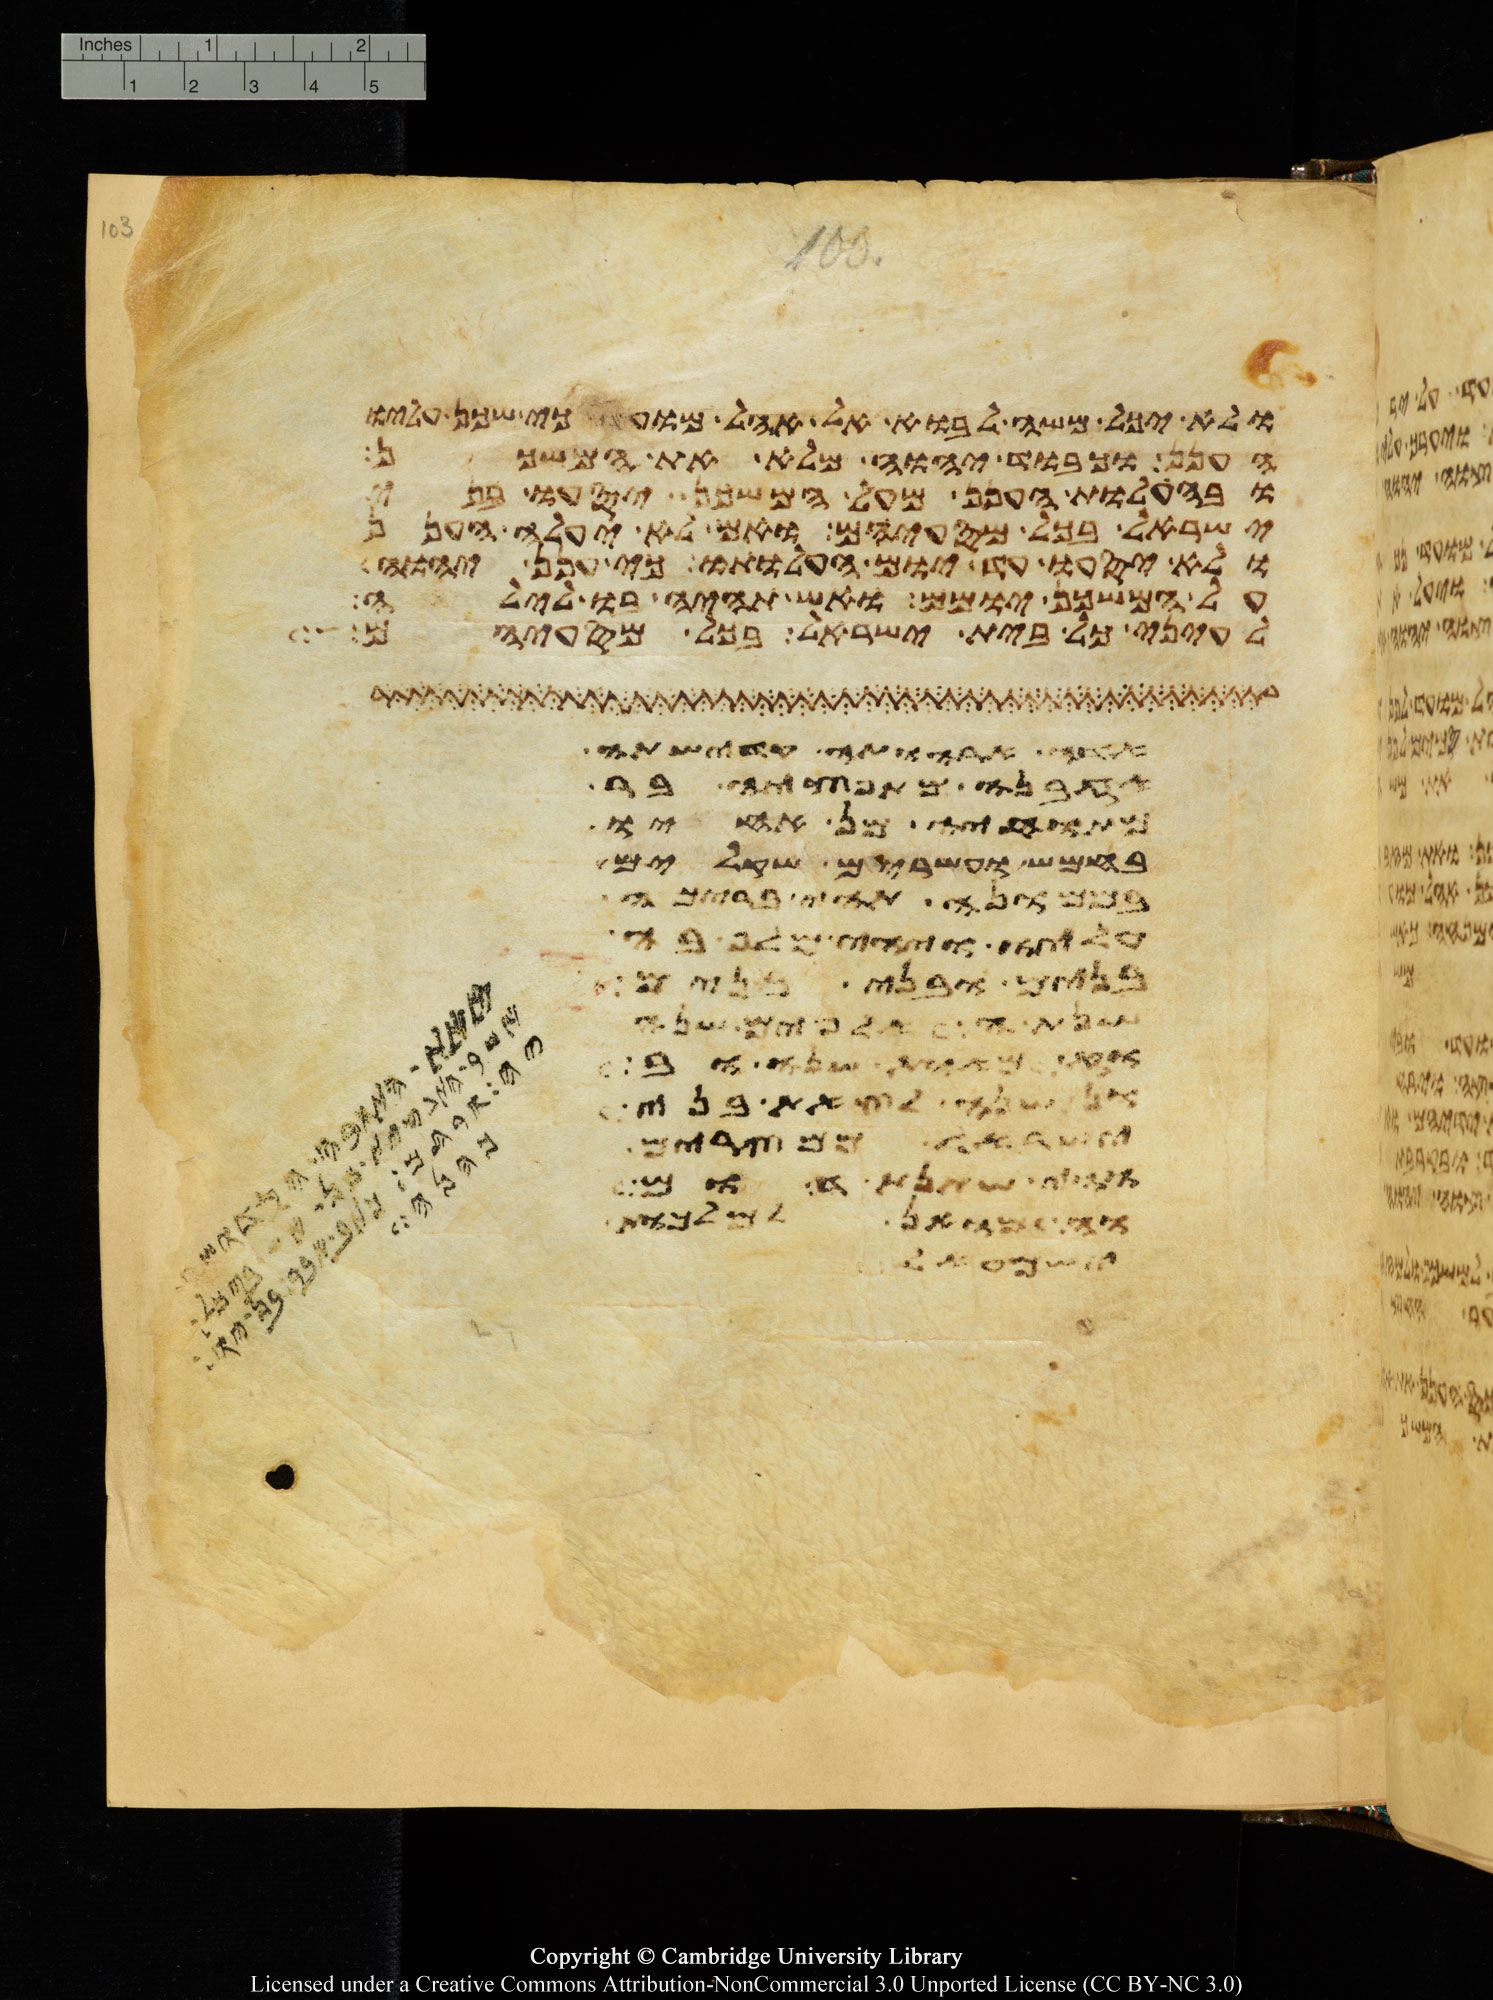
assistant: ולא יכל משה לבוא אל אהל מועד כי שכן עליו
הענן וכבוד יהוה מלא את המשכן
ובהעלות הענן מעל המשכן יסעו בני
ישראל בכל מסעיהם ואם לא יעלה הענן
לא יסעו עד יום העלותו כי ענן יהוה
על המשכן יומם ואש תהיה בו לילה
לעיני כל בית ישראל בכל מסעיהם
אישה אתה ותהי נדתה
אבינו מת במדבר
אשתו מאחריו
עשרים שקלים
במרמה וידברו
עליו והיה
בנים ובני בנים
שנה תמימם שנים
ומאת שנה ובני
את משה לכרת את בני
ישראל ממצרים
מאות שנה וגם
וראה את מכות
ישעל